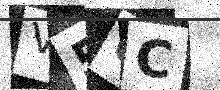
Text: V56C